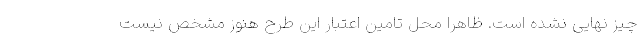
چیز نهایی نشده است. ظاهراً محلِ تامین اعتبار این طرح هنوز مشخص نیست